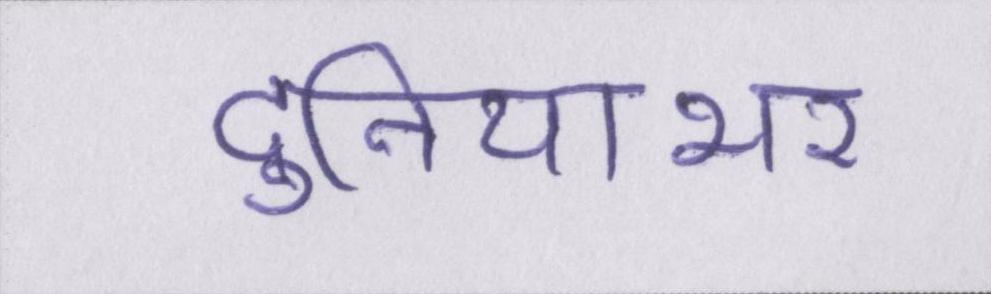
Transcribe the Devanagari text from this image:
दुनियाभर